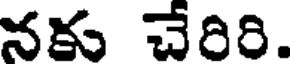
నకు చేరిరి.